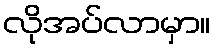
လိုအပ်လာမှာ။